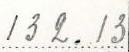
132.13